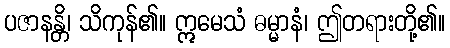
ပဇာနန္တိ၊ သိကုန်၏။ ဣမေသံ ဓမ္မာနံ၊ ဤတရားတို့၏။